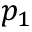
p _ { 1 }